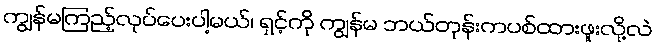
ကျွန်မကြည့်လုပ်ပေးပါ့မယ်၊ ရှင့်ကို ကျွန်မ ဘယ်တုန်းကပစ်ထားဖူးလို့လဲ